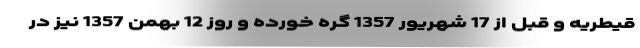
قیطریه و قبل از 17 شهریور 1357 گره خورده و روز 12 بهمن 1357 نیز در